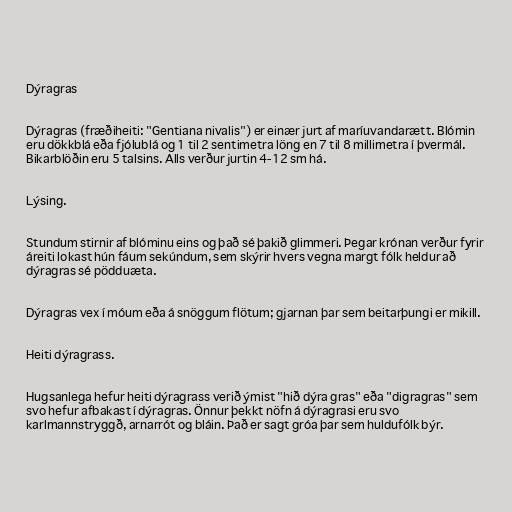
Dýragras

Dýragras (fræðiheiti: "Gentiana nivalis") er einær jurt af maríuvandarætt. Blómin
eru dökkblá eða fjólublá og 1 til 2 sentimetra löng en 7 til 8 millimetra í þvermál.
Bikarblöðin eru 5 talsins. Alls verður jurtin 4-12 sm há.

Lýsing.

Stundum stirnir af blóminu eins og það sé þakið glimmeri. Þegar krónan verður fyrir
áreiti lokast hún fáum sekúndum, sem skýrir hvers vegna margt fólk heldur að
dýragras sé pödduæta.

Dýragras vex í móum eða á snöggum flötum; gjarnan þar sem beitarþungi er mikill.

Heiti dýragrass.

Hugsanlega hefur heiti dýragrass verið ýmist "hið dýra gras" eða "digragras" sem
svo hefur afbakast í dýragras. Önnur þekkt nöfn á dýragrasi eru svo
karlmannstryggð, arnarrót og bláin. Það er sagt gróa þar sem huldufólk býr.